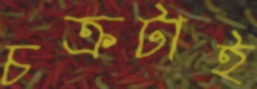
চক্রটাই